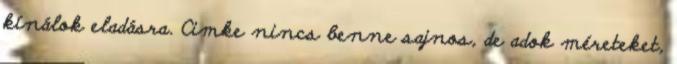
kínálok eladásra. Cimke nincs benne sajnos, de adok méreteket,